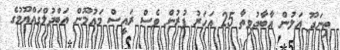
ތިނަދޫ އަލުން އާބާދުވިތާ 25 އަހަރު ފުރުން ވެސް ރައީސް މައުމޫން އަބްދުލްގައްޔޫމުގެ